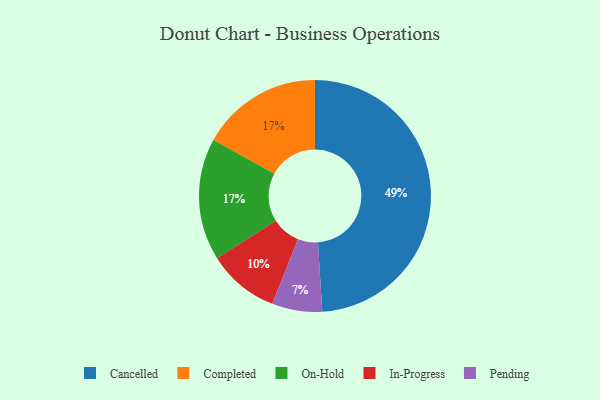
{"axis": {"x": "Category", "y": "Percentage"}, "legend": ["Cancelled", "Completed", "In-Progress", "On-Hold", "Pending"], "data": [{"x": "Cancelled", "y": 49, "type": "Cancelled"}, {"x": "Pending", "y": 7, "type": "Pending"}, {"x": "Completed", "y": 17, "type": "Completed"}, {"x": "On-Hold", "y": 17, "type": "On-Hold"}, {"x": "In-Progress", "y": 10, "type": "In-Progress"}]}